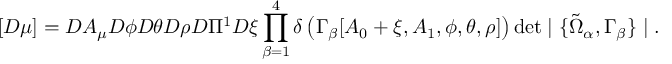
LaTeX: [ { \cal D } \mu ] = { \cal D } A _ { \mu } { \cal D } \phi { \cal D } \theta { \cal D } \rho { \cal D } \Pi ^ { 1 } { \cal D } \xi \prod _ { \beta = 1 } ^ { 4 } \delta \left( \Gamma _ { \beta } [ A _ { 0 } + \xi , A _ { 1 } , \phi , \theta , \rho ] \right) \operatorname * { d e t } \mid \{ \tilde { \Omega } _ { \alpha } , \Gamma _ { \beta } \} \mid .